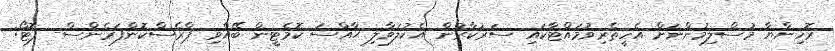
ރޮހިންޔާ މުސްލިމުންނަށް އެހީތެރިވުމައްޓާކައި ސަރުކާރުން އެކުލަވާލި ޙާއްސަ ކޮމެޓީން ބޭއްވި ޕްރެސްކޮންފަރެންސް- ފޮޓޯ: